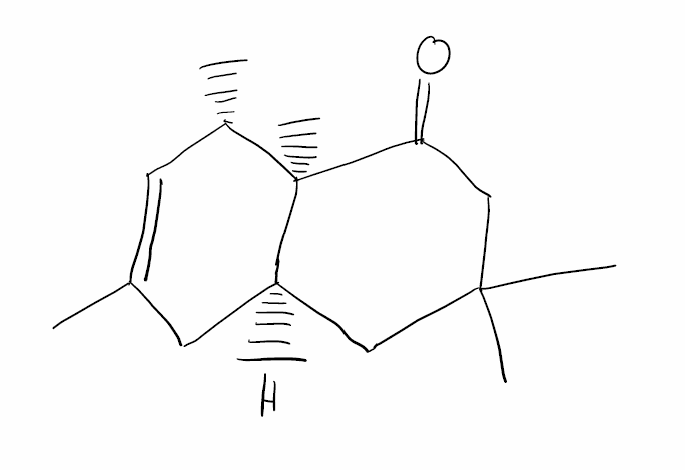
Simplified molecular-input line-entry system (SMILES) notation of the given molecule:
C[C@H]1C=C(C[C@H]2[C@@]1(C(=O)CC(C2)(C)C)C)C